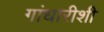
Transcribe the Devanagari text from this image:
गांधारीशी